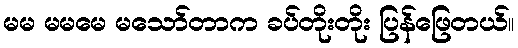
မမ မမမေ မသော်တာက ခပ်တိုးတိုး ပြန်ဖြေတယ်။